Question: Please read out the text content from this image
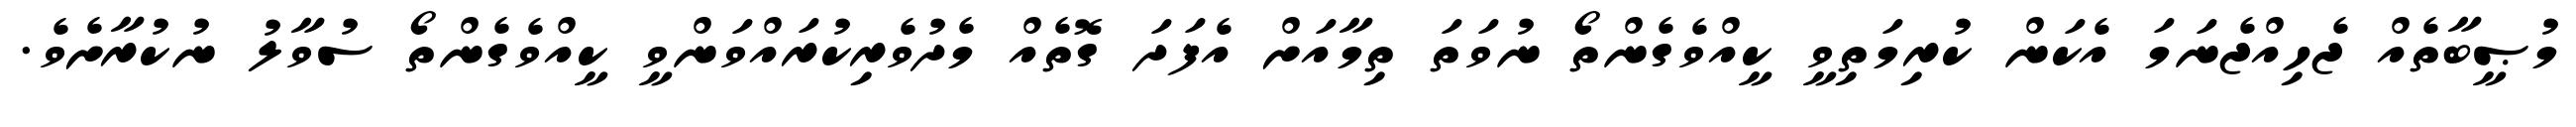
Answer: މުޞީބާތެއް ޖެހިއްޖެނަމަ އެކަން ކުރިމަތިވީ ކީއްވެގެންތޯ ނުވަތަ ތިމާއަށް އެފަދަ ގޮތެއް މެދުވެރިކުރައްވަންވީ ކީއްވެގެންތޯ ސުވާލު ނުކުރާށެވެ.